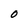
Character: O